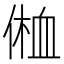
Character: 𰂥